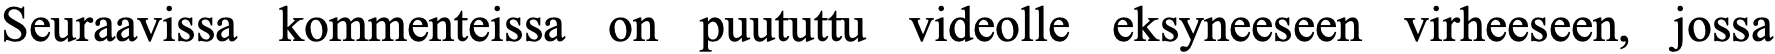
Seuraavissa kommenteissa on puututtu videolle eksyneeseen virheeseen, jossa